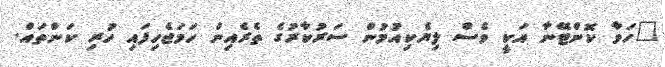
"ހަވާ ކޮންޓޭނާ އަކީ ވެސް ލިޔެކިއުމުން ސަރުކާރުގެ ތެރެއިން ހަމަޖެހިފައި ހުރި ކަންތައް.